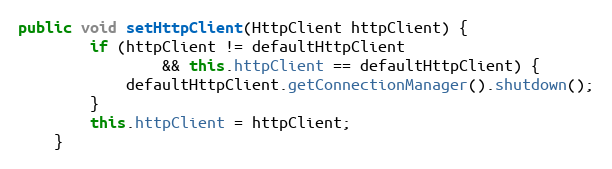
Language: Java
public void setHttpClient(HttpClient httpClient) {
        if (httpClient != defaultHttpClient
                && this.httpClient == defaultHttpClient) {
            defaultHttpClient.getConnectionManager().shutdown();
        }
        this.httpClient = httpClient;
    }